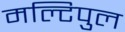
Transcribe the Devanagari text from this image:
मल्टिपुल